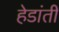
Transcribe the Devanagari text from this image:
हेडांती